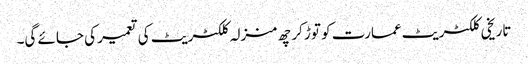
تاریخی کلکٹریٹ عمارت کو توڑ کر چھ منزلہ کلکٹریٹ کی تعمیر کی جائے گی۔